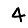
Digit: 4